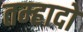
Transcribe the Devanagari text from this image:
तम्हादो